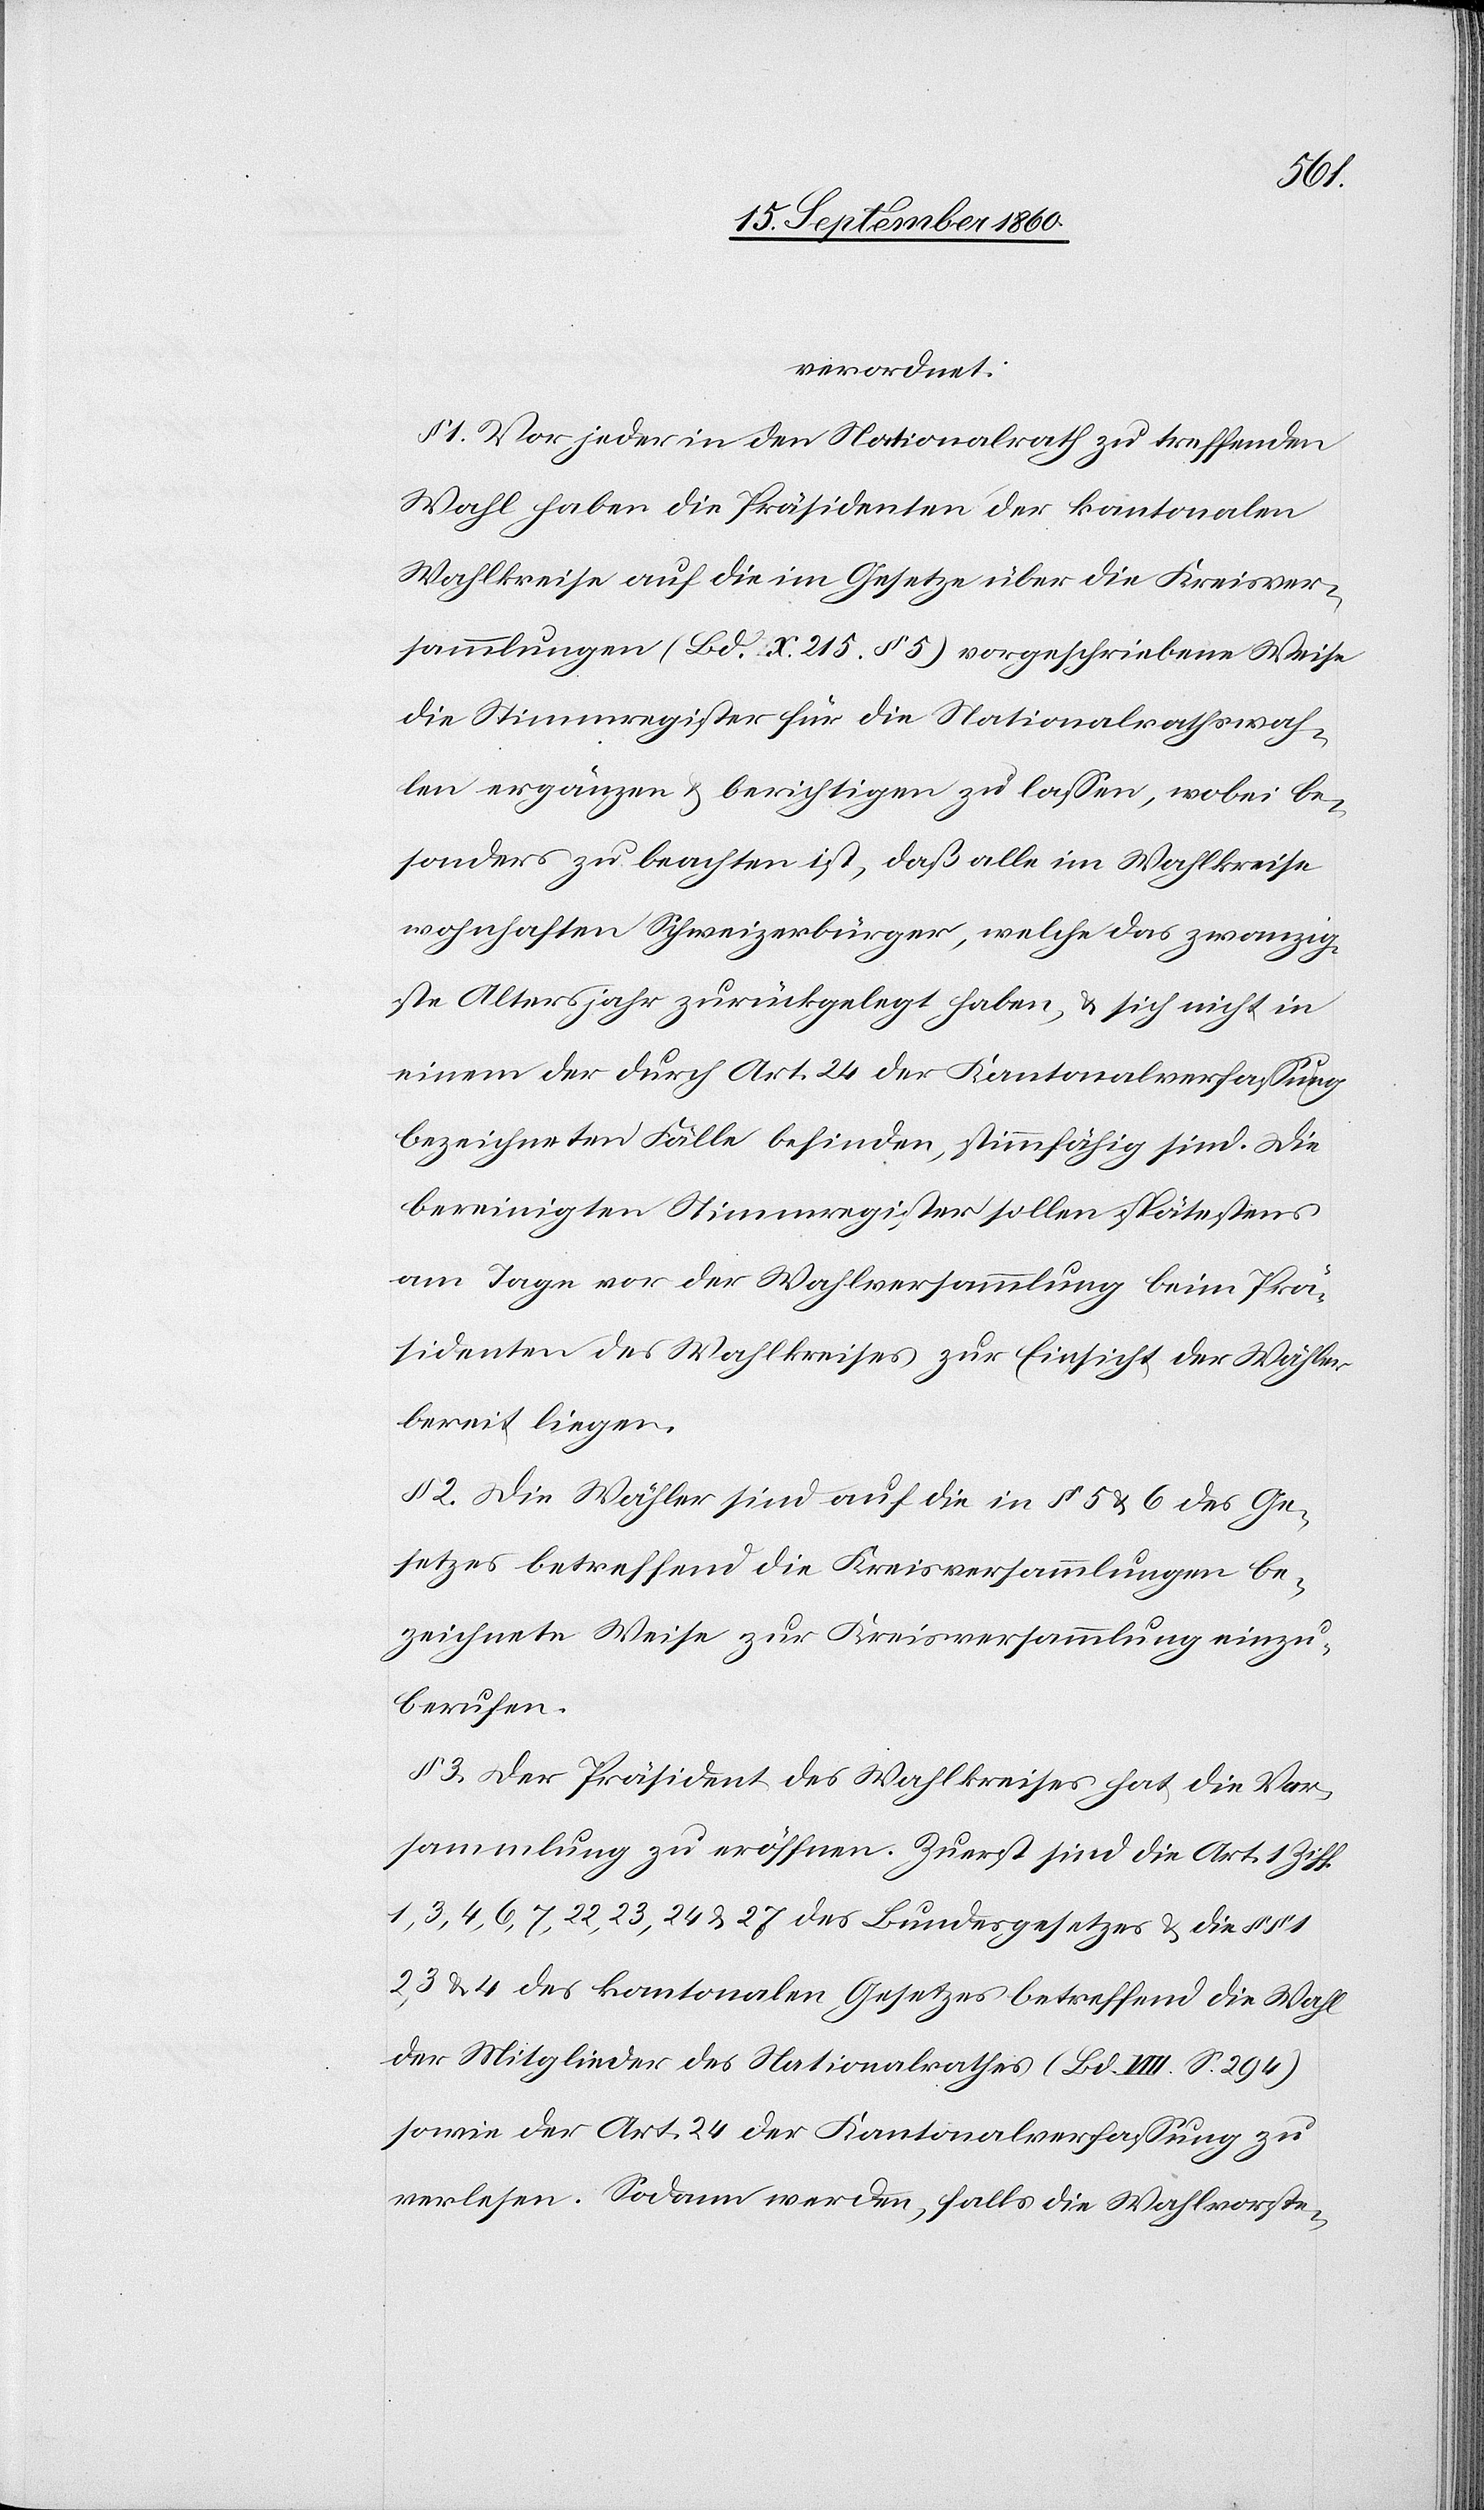
verordnet:
1 Vor jeder in den Nationalrath zu treffenden
Wahl haben die Präsidenten der kantonalen
Wahlkreise auf die im Gesetze über die Kreisver¬
sammlungen (Bd. X. 215 § 5) vorgeschriebene Weise
die Stimmregister für die Nationalrathswah¬
len ergänzen u. berichtigen zu lassen, wobei be¬
sonders zu beachten ist, daß alle im Wahlkreise
wohnhaften Schweizerbürger, welche das zwanzig¬
ste Altersjahr zurückgelegt haben, u. sich nicht in
einem der durch Art. 24 der Kantonalverfassung
bezeichneten Fälle befinden, stimmfähig sind. Die
bereinigten Stimmregister sollen spätestens
am Tage vor der Wahlversammlung beim Prä¬
sidenten des Wahlkreises zur Einsicht der Wähler
bereit liegen.
§ 2 Die Wähler sind auf die in § 5 u. 6 des Ge¬
setzes betreffend die Kreisversammlungen be¬
zeichnete Weise zur Kreisversammlung einzu¬
berufen.
§ 3 Der Präsident des Wahlkreises hat die Ver¬
sammlung zu eröffnen. Zuerst sind die Art. 1 Ziff.
1, 3, 4, 6, 7, 22, 23, 24 u. 27 des Bundesgesetzes u. die §§ 1,
2, 3 u. 4 des kantonalen Gesetzes betreffend die Wahl
der Mitglieder des Nationalrathes (Bd. VIII s. 294)
sowie der Art. 24 der Kantonalverfassung zu
verlesen. Sodann werden, falls die Wahlvorste-